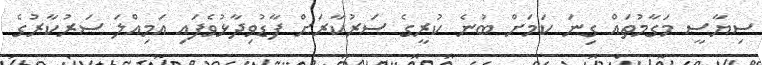
ސިޔާސީ މަގާމުތައް ގިނަ ކަމަށް ބުނެ ކުރީގެ ސަރުކާރަށް ފާޑުވިދާޅުވެފައި އަމިއްލަ ސަރުކާރުގެ